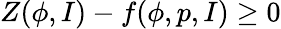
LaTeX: Z(\phi,I)-f(\phi,p,I)\ge 0